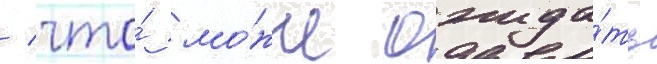
/ что́ мо́жно ожида́ть